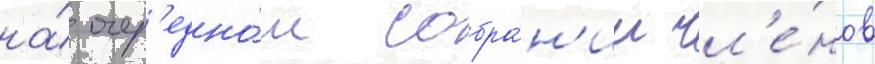
на́ очер'едно́м собра́н'ии чл'е́нов